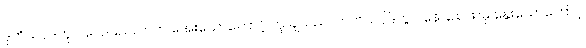
ဒုတိယပိုဒ်တွင် လေပြည်လာက အေးသောကြောင့် ဟု ချသည်။ တတိယပိုဒ်တွင် နေခြည်ဖြာမှ နွေးသောကြောင့်